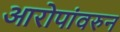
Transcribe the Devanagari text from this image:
आरोपांवरुन